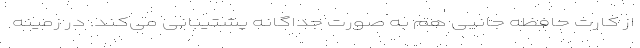
از کارت حافظه جانبی هم به صورت جداگانه پشتیبانی می‌کند. در زمینه